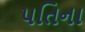
પતિના